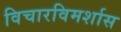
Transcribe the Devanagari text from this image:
विचारविमर्शास